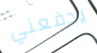
يدفعني